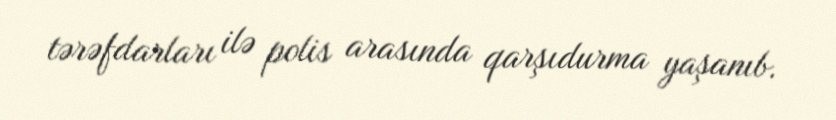
tərəfdarları ilə polis arasında qarşıdurma yaşanıb.